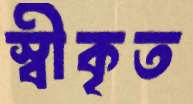
স্বীকৃত